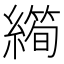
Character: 𱺆